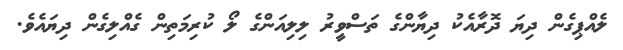
ލެއްޕިގެން ދިޔަ ދޮރާއެކު ދިޔާންގެ ތަސްވީރު ލިލިއަންގެ ލޯ ކުރިމަތިން ގެއްލިގެން ދިޔައެވެ.